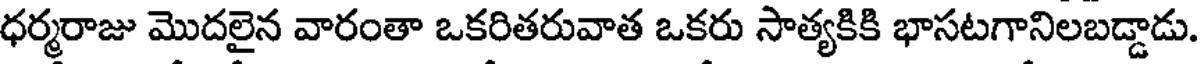
ధర్మరాజు మొదలైన వారంతా ఒకరితరువాత ఒకరు సాత్యకికి భాసటగానిలబడ్డాడు.